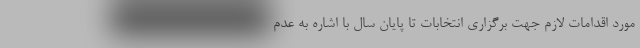
مورد اقدامات لازم جهت برگزاری انتخابات تا پایان سال با اشاره به عدم